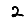
Digit: 2